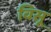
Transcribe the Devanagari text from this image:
विसू